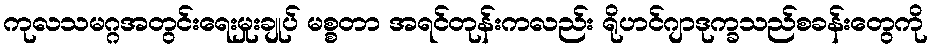
ကုလသမဂ္ဂအတွင်းရေးမှုးချုပ် မစ္စတာ အရင်တုန်းကလည်း ရိုဟင်ဂျာဒုက္ခသည်စခန်းတွေကို